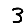
Digit: 3